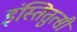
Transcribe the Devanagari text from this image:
इंस्तितुत्सी